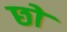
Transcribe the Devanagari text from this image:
छों